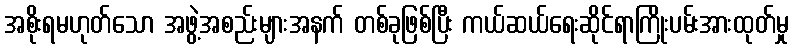
အစိုးရမဟုတ်သော အဖွဲ့အစည်းများအနက် တစ်ခုဖြစ်ပြီး ကယ်ဆယ်ရေးဆိုင်ရာကြိုးပမ်းအားထုတ်မှု